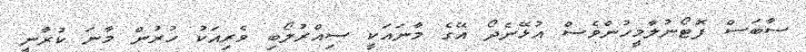
ސާބަސް ފޮޓޯނުލާމީހުންވެސް އުޅޭނެދޯ އޭގެ މާނައަކީ ސިއްރުލޯބި ވެރިއަކު ހުރުން މާނަ ކުރާނީ